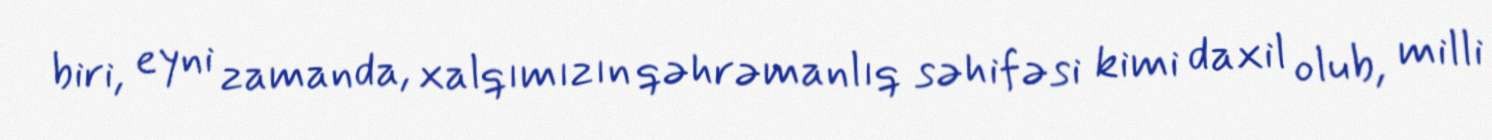
biri, eyni zamanda, xalqımızın qəhrəmanlıq səhifəsi kimi daxil olub, milli